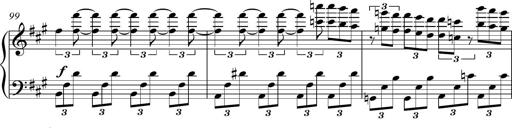
Title: Piano Sonatina in A major
Composer: Z Q Sysmoebius
Key: A major